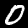
Digit: 0